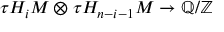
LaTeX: \tau H _ { i } M \otimes \tau H _ { n - i - 1 } M \to \mathbb { Q } / \mathbb { Z }